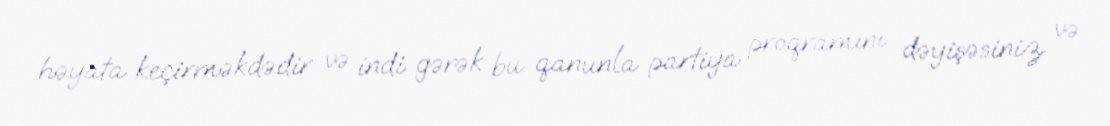
həyata keçirməkdədir və indi gərək bu qanunla partiya proqramını dəyişəsiniz və